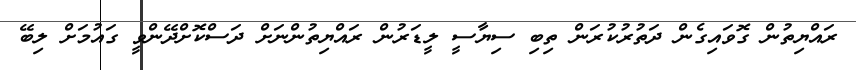
ރައްޔިތުން ގޮވައިގެން ދަތުރުކުރަން ތިބި ސިޔާސީ ލީޑަރުން ރައްޔިތުންނަށް ދަސްކޮށްދޭންވީ ގައުމަށް ލިބޭ